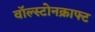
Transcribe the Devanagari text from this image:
वॉल्स्टोनक्राफ्ट